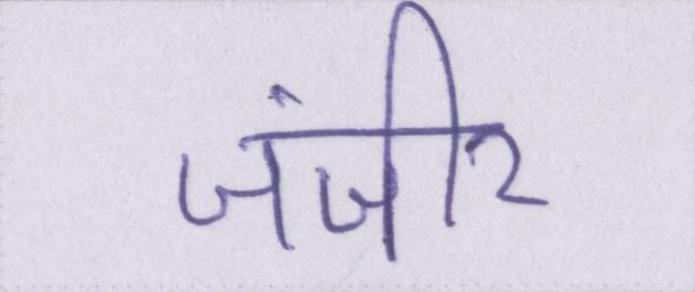
जंजीर